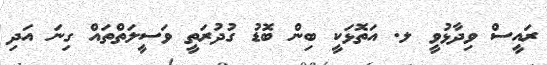
ރައީސް ވިދާޅުވީ ލ. އަތޮޅަކީ ބިން ބޮޑު ގުދުރަތީ ވަސީލަތްތައް ގިނަ އަދި